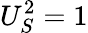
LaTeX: U_{S}^{2}=1